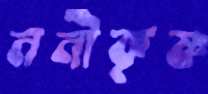
ননীকৃষ্ণ